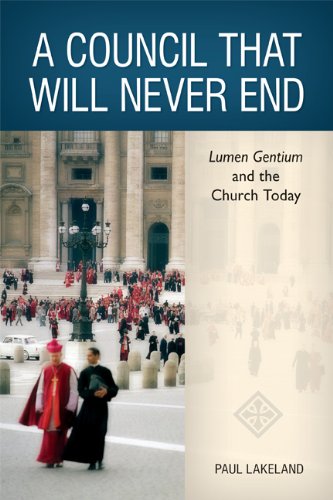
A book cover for A Council That Will Never End: Lumen Gentium and the Church Today; Paul Lakeland; Christian Books & Bibles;